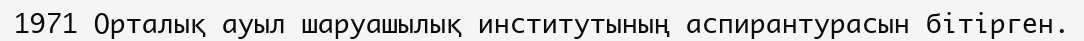
1971 Орталық ауыл шаруашылық институтының аспирантурасын бітірген.